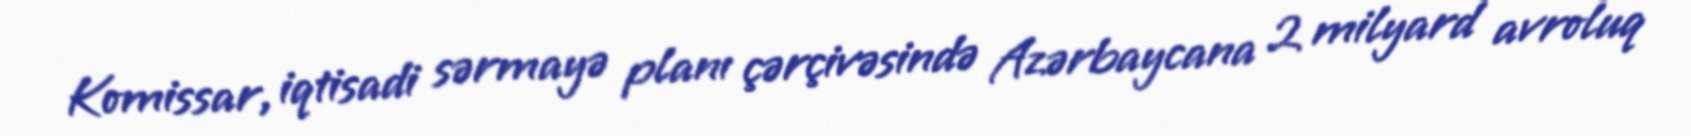
Komissar, iqtisadi sərmayə planı çərçivəsində Azərbaycana 2 milyard avroluq